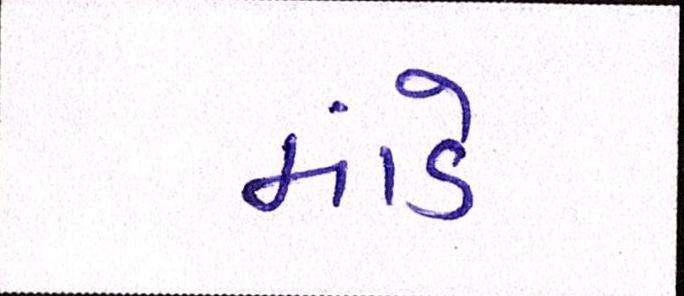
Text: માંડે